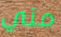
مني